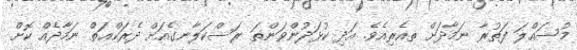
މުސައްލަ ފަތުރާ ނަމާދަށް ތއެރިއެވެ. އަދި ކުޅަދުންވަންތަ ރަސްކަލާނގެއަށް ދެރަކްޢަތް ނަމާދެއް ކޮށް